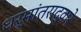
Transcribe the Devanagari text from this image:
धर्मांतराद्वारे